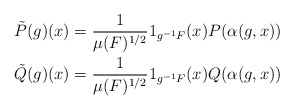
\begin{align*}\tilde P(g)(x) &= \frac{1}{\mu(F)^{1/2}} 1_{g^{-1}F}(x) P(\alpha(g,x)) \\\tilde Q(g)(x) &= \frac{1}{\mu(F)^{1/2}} 1_{g^{-1}F}(x) Q(\alpha(g,x))\end{align*}